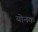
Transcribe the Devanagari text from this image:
योनक